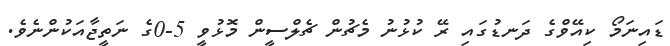
ޑައިނަމޯ ކިއޭވްގެ ދަނޑުގައި ރޭ ކުޅުނު މެޗުން ޗެލްސީން މޮޅުވީ 5-0ގެ ނަތީޖާއަކުންނެވެ.